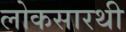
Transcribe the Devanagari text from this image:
लोकसारथी